65_HS1-834228961_62-HQ-83894_Section_9
Agency: FBI
Page 125
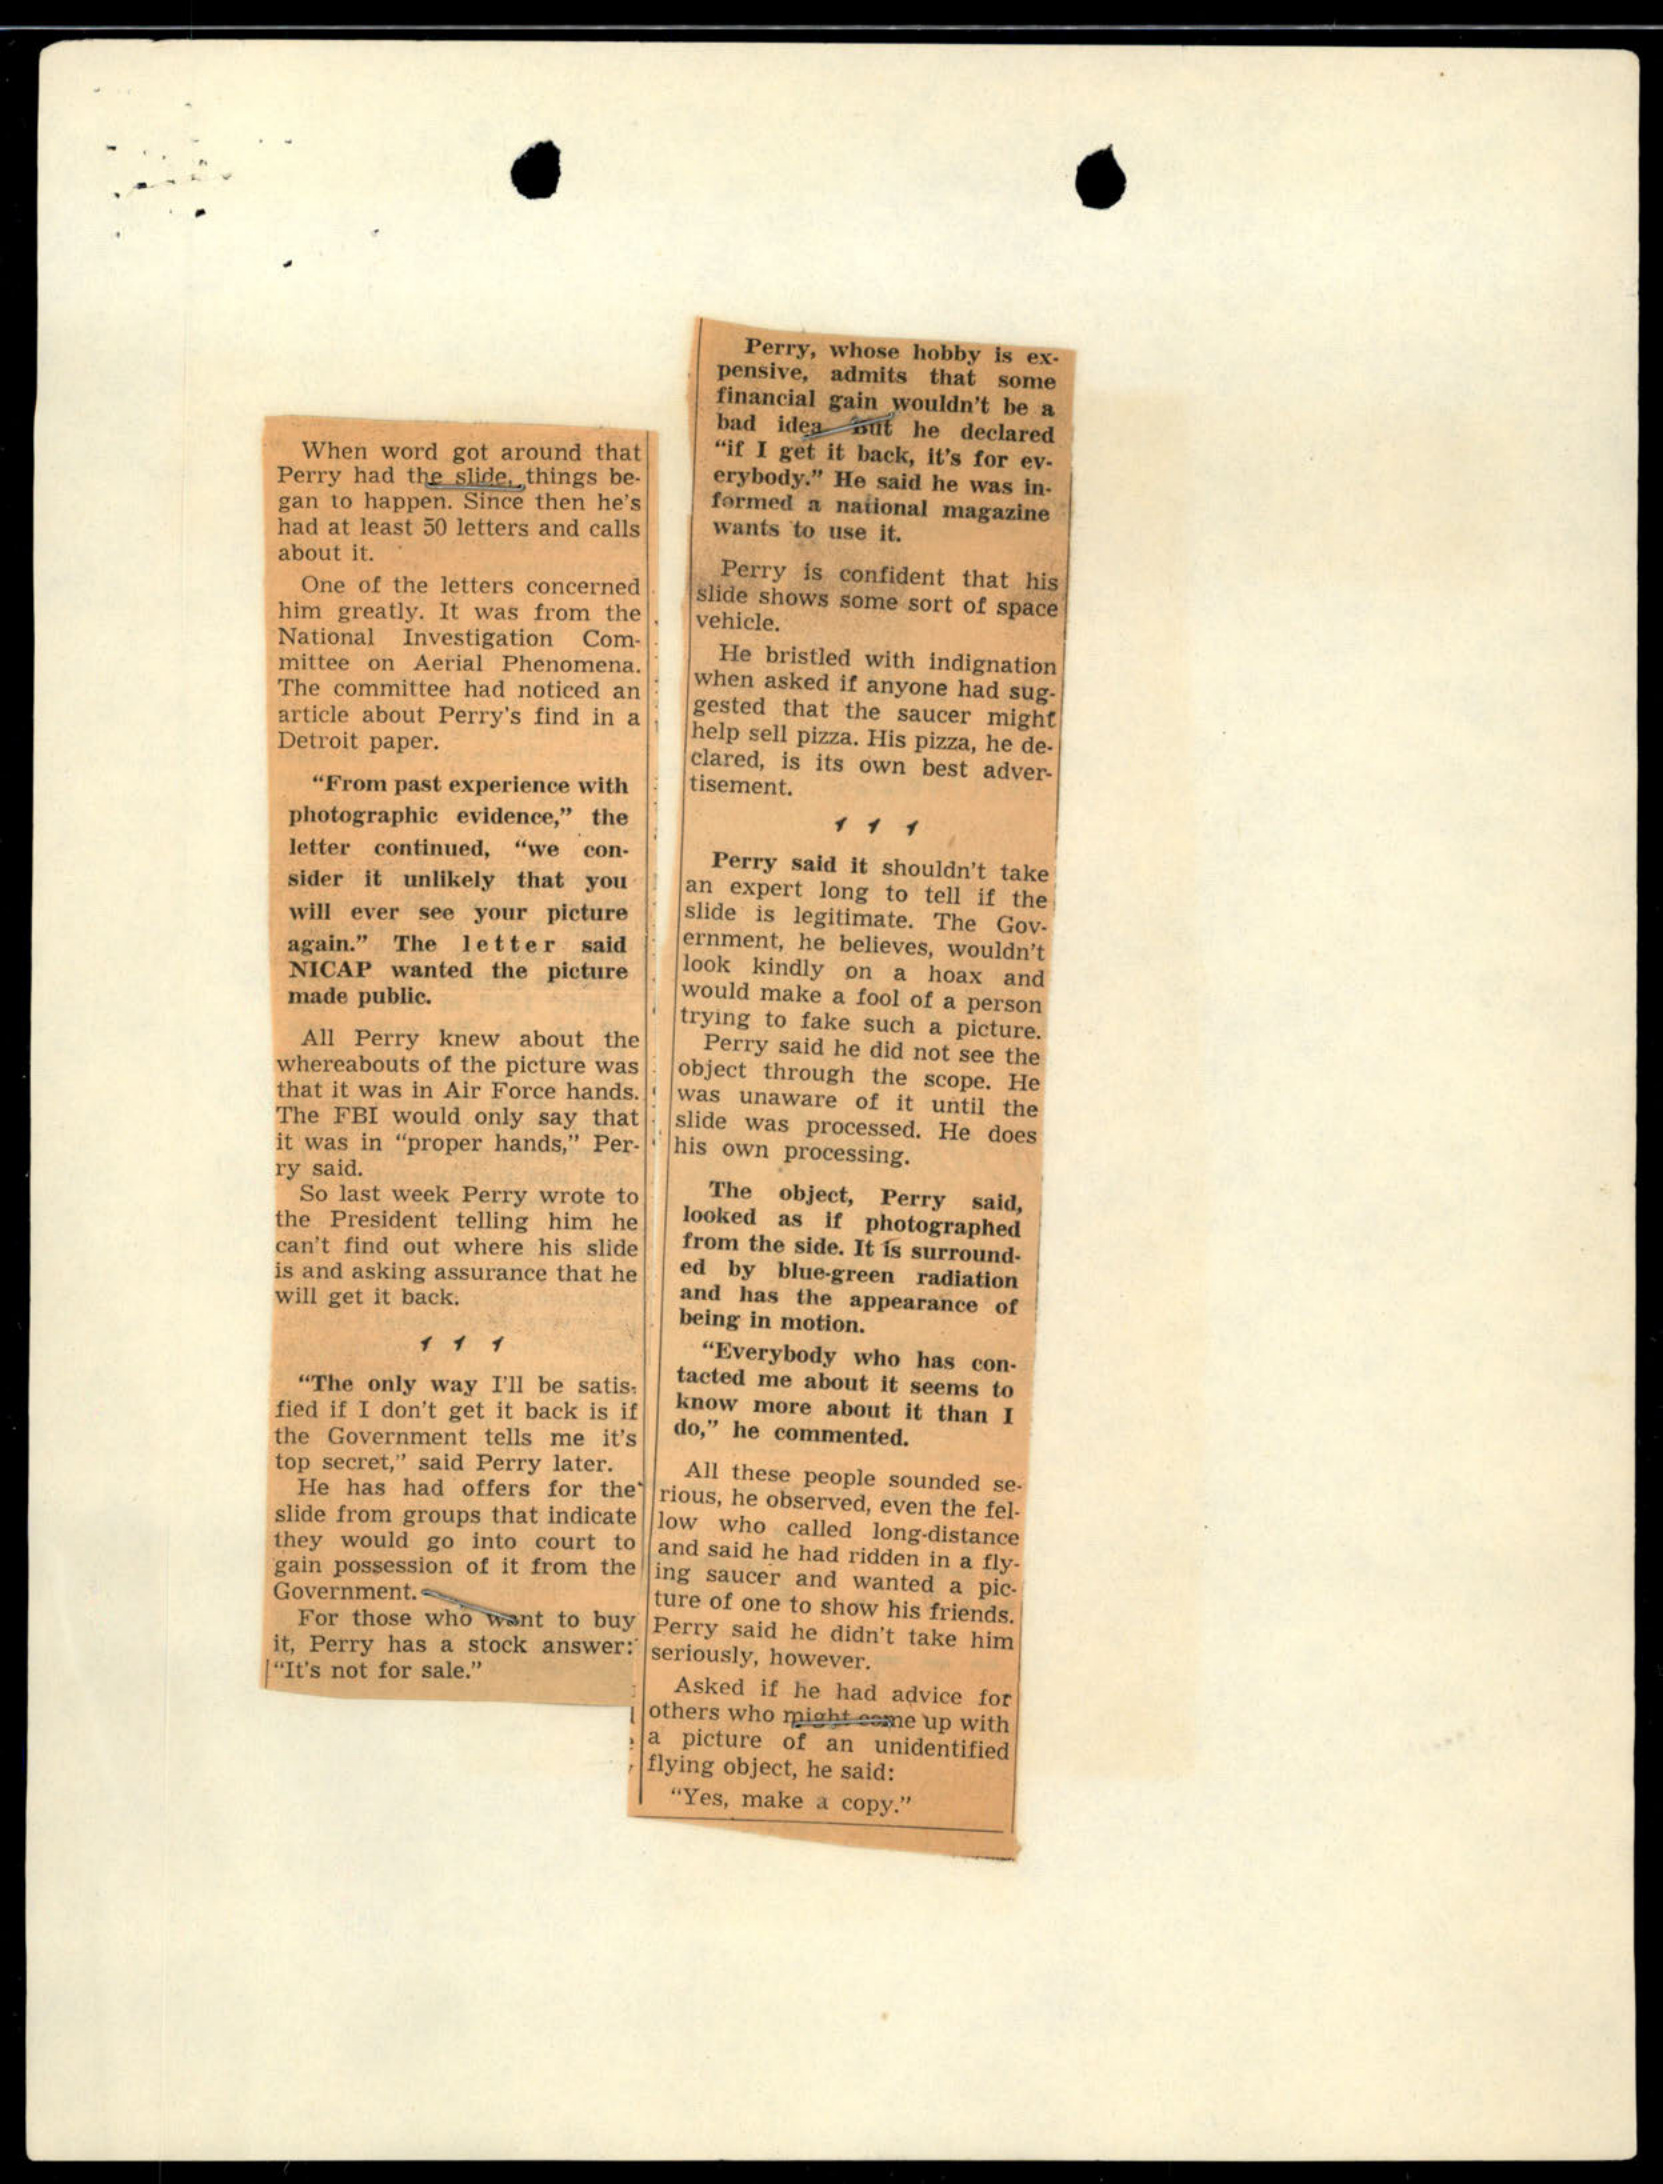